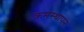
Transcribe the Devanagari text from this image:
क्रमस्थापन